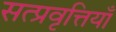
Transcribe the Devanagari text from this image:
सत्प्रवृत्तियाँ